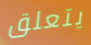
يتعلق